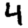
Digit: 4